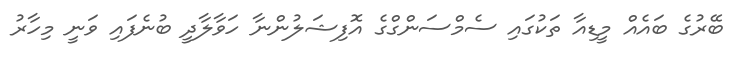
ބޭރުގެ ބައެއް މީޑިއާ ތަކުގައި ސެމްސަންގްގެ އޮފިޝަލުންނާ ހަވާލާދީ ބުނެފައި ވަނީ މިހާރު